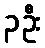
၃ဦး